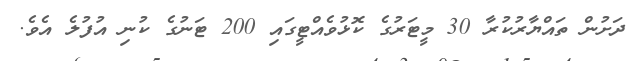
ދަށުން ތައްޔާރުކުރާ 30 މީޓަރުގެ ކޮޅުވެއްޓީގައި 200 ޓަނުގެ ކުނި އުފުލެ އެވެ.